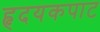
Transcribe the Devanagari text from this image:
हृदयकपाट